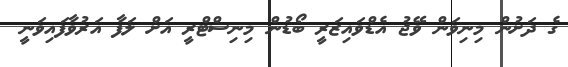
ގެ ދަށުން މިނިވަން ވޭޖު އެޑްވައިޒަރީ ބޯޑުން މިނިސްޓްރީ އަށް ލަފާ އަރުވާފައިވަނީ